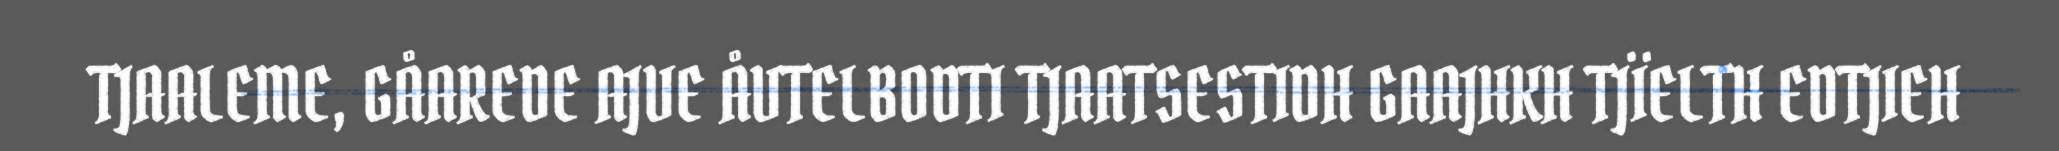
TJAALEME, GÅAREDE AJVE ÅVTELBODTI TJAATSESTIDH GAAJHKH TJÏELTH EDTJIEH